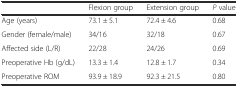
|  | Flexion group | Extension group | P value |
 | --- | --- | --- | --- |
 | Age (years) | 73.1 ± 5.1 | 72.4 ± 4.6 | 0.68 |
 | Gender (female/male) | 34/16 | 32/18 | 0.67 |
 | Affected side (L/R) | 22/28 | 24/26 | 0.69 |
 | Preoperative Hb (g/dL) | 13.3 ± 1.4 | 12.8 ± 1.7 | 0.34 |
 | Preoperative ROM | 93.9 ± 18.9 | 92.3 ± 21.5 | 0.80 |